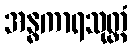
အန္ဓကာရသုတ္တံ